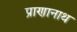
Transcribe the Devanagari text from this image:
प्राणानाथ